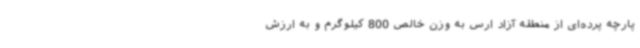
پارچه پرده‌ای از منطقه آزاد ارس به وزن خالص 800 کیلوگرم و به ارزش